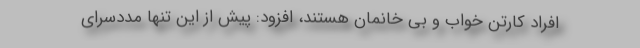
افراد کارتن خواب و بی خانمان هستند، افزود: پیش از این تنها مددسرای